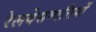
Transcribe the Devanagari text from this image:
रेलवेसम्पत्तियों